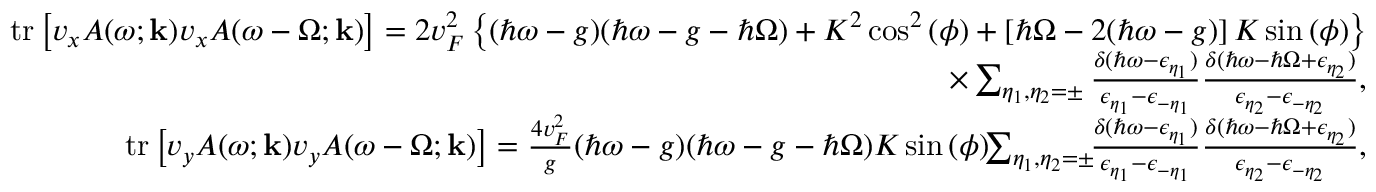
\begin{array} { r l r } & { } & { \mathrm { t r } \left[ v _ { x } A ( \omega ; \mathbf { k } ) v _ { x } A ( \omega - \Omega ; \mathbf { k } ) \right] = 2 v _ { F } ^ { 2 } \left\{ ( \hbar \omega - g ) ( \hbar \omega - g - \hbar \Omega ) + K ^ { 2 } \cos ^ { 2 } { ( \phi ) } + \left[ \hbar \Omega - 2 ( \hbar \omega - g ) \right] K \sin { ( \phi ) } \right\} } \\ & { } & { \times \sum _ { \eta _ { 1 } , \eta _ { 2 } = \pm } \frac { \delta ( \hbar \omega - \epsilon _ { \eta _ { 1 } } ) } { \epsilon _ { \eta _ { 1 } } - \epsilon _ { - \eta _ { 1 } } } \frac { \delta ( \hbar \omega - \hbar \Omega + \epsilon _ { \eta _ { 2 } } ) } { \epsilon _ { \eta _ { 2 } } - \epsilon _ { - \eta _ { 2 } } } , } \\ & { } & { \mathrm { t r } \left[ v _ { y } A ( \omega ; \mathbf { k } ) v _ { y } A ( \omega - \Omega ; \mathbf { k } ) \right] = \frac { 4 v _ { F } ^ { 2 } } { g } ( \hbar \omega - g ) ( \hbar \omega - g - \hbar \Omega ) K \sin { ( \phi ) } \! \! \sum _ { \eta _ { 1 } , \eta _ { 2 } = \pm } \! \! \frac { \delta ( \hbar \omega - \epsilon _ { \eta _ { 1 } } ) } { \epsilon _ { \eta _ { 1 } } - \epsilon _ { - \eta _ { 1 } } } \frac { \delta ( \hbar \omega - \hbar \Omega + \epsilon _ { \eta _ { 2 } } ) } { \epsilon _ { \eta _ { 2 } } - \epsilon _ { - \eta _ { 2 } } } , } \end{array}